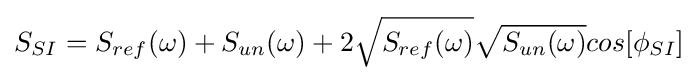
S_{SI}=S_{ref}(\omega )+S_{un}(\omega )+2{\sqrt {S_{ref}(\omega )}}{\sqrt {S_{un}(\omega )}}cos[\phi _{SI}]